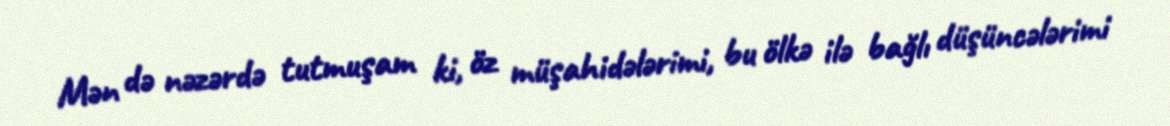
Mən də nəzərdə tutmuşam ki, öz müşahidələrimi, bu ölkə ilə bağlı düşüncələrimi